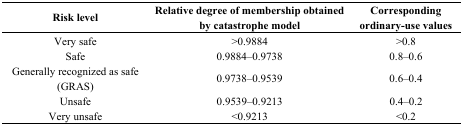
| Risk level | Relative degree of membership obtained by catastrophe model | Corresponding ordinary-use values |
 | --- | --- | --- |
 | Very safe | >0.9884 | >0.8 |
 | Safe | 0.9884–0.9738 | 0.8–0.6 |
 | Generally recognized as safe (GRAS) | 0.9738–0.9539 | 0.6–0.4 |
 | Unsafe | 0.9539–0.9213 | 0.4–0.2 |
 | Very unsafe | <0.9213 | <0.2 |